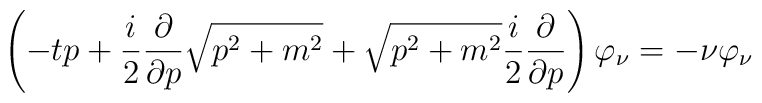
\left(- t p + \frac{i}{2} \frac{\partial}{\partial p} \sqrt{p^2 + m^2}+ \sqrt{p^2 + m^2}\frac{i}{2} \frac{\partial}{\partial p}\right)\varphi_\nu = -\nu \varphi_\nu